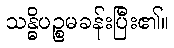
သန္ဓိပဉ္စမခန်းပြီး၏။